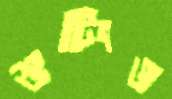
শুটিংও